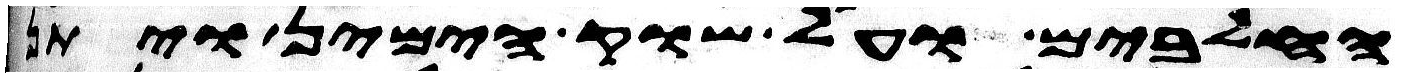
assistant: החלבים ועל שוק הימין ויתן